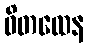
ဝိတထေန